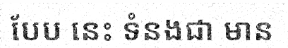
បែប នេះ ទំនងជា មាន